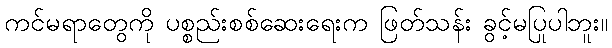
ကင်မရာတွေကို ပစ္စည်းစစ်ဆေးရေးက ဖြတ်သန်း ခွင့်မပြုပါဘူး။